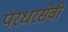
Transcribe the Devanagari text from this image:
परधरसेवी